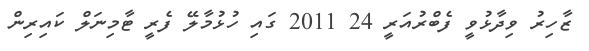
ޒާހިރު ވިދާޅުވީ ފެބްރުއަރީ 24 2011 ގައި ހުޅުމާލޭ ފެރީ ޓާމިނަލް ކައިރިން